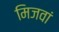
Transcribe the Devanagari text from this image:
मिजवां